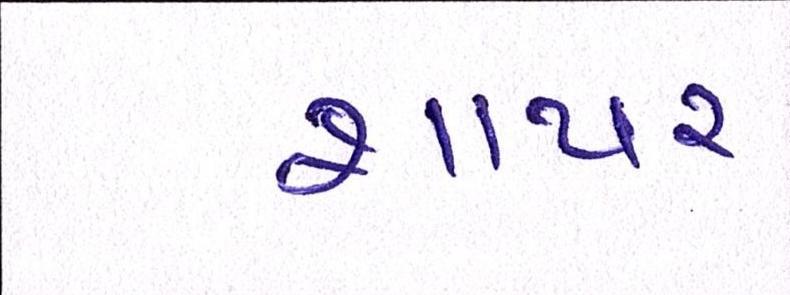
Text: શાયર